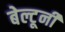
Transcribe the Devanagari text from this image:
बेल्टूर्नी